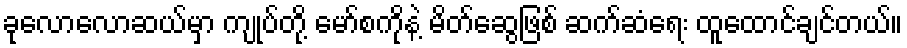
ခုလောလောဆယ်မှာ ကျုပ်တို့ မော်စကိုနဲ့ မိတ်ဆွေဖြစ် ဆက်ဆံရေး ထူထောင်ချင်တယ်။